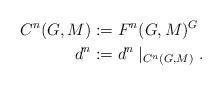
LaTeX: \begin{align*}C^n(G,M)&:= F^n(G,M)^G\\d^n&:= d^n\mid_{C^n(G,M)}.\end{align*}